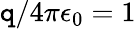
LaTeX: \mathtt{q}/4\pi\epsilon_{0}=1